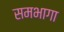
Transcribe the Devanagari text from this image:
समभागा